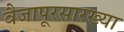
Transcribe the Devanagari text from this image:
वैजापूरसारख्या